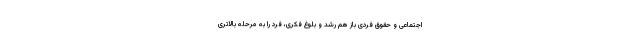
اجتماعی و حقوق فردی باز هم رشد و بلوغ فکری، فرد را به مرحله بالاتری